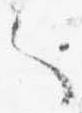
々